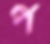
প